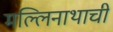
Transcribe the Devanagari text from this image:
मल्लिनाथाची